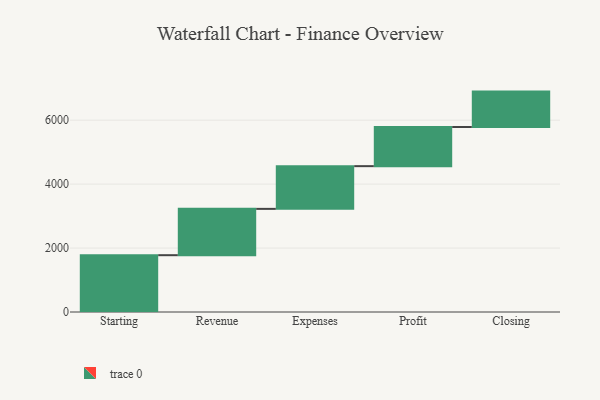
{"axis": {"x": "Step", "y": "Value"}, "legend": [""], "data": [{"x": "Starting", "y": 1777.0, "type": ""}, {"x": "Revenue", "y": 1449.0, "type": ""}, {"x": "Expenses", "y": 1336.0, "type": ""}, {"x": "Profit", "y": 1225.0, "type": ""}, {"x": "Closing", "y": 1107.0, "type": ""}]}